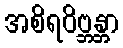
အစိရဝိဗ္ဘန္တာ